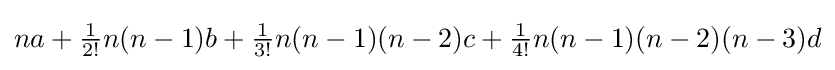
na+{\tfrac {1}{2!}}n(n-1)b+{\tfrac {1}{3!}}n(n-1)(n-2)c+{\tfrac {1}{4!}}n(n-1)(n-2)(n-3)d